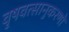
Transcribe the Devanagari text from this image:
वृषवत्सानुकरणो